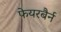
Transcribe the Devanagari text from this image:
फेयरबैर्न